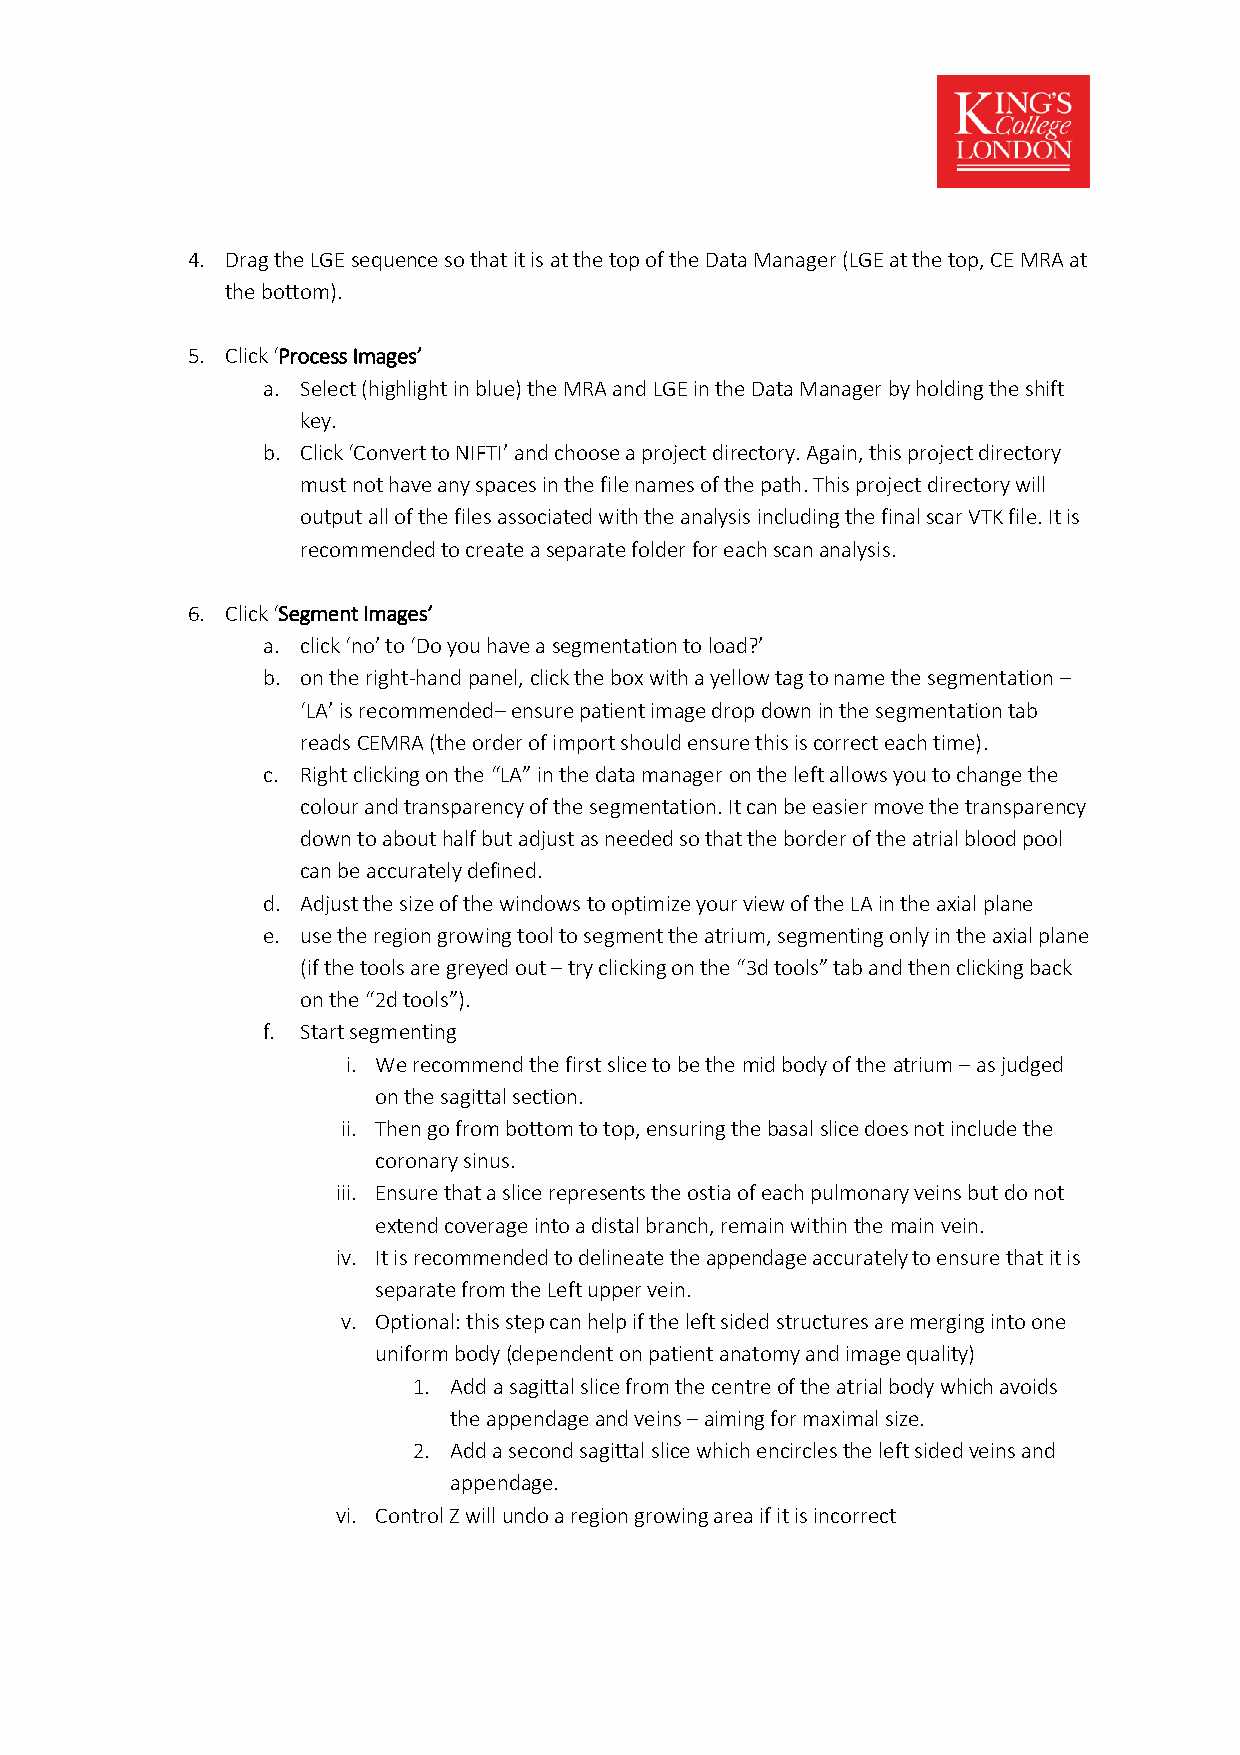
4. Drag the LGE sequence so that it is at the top of the Data Manager (LGE at the top, CE MRA at
 the bottom).
 5. Click ‘Process Images’
 a. Select (highlight in blue) the MRA and LGE in the Data Manager by holding the shift
 key.
 b. Click ‘Convert to NIFTI’ and choose a project directory. Again, this project directory
 must not have any spaces in the file names of the path. This project directory will
 output all of the files associated with the analysis including the final scar VTK file. It is
 recommended to create a separate folder for each scan analysis.
 6. Click ‘Segment Images’
 a. click ‘no’ to ‘Do you have a segmentation to load?’
 b. on the right-hand panel, click the box with a yellow tag to name the segmentation –
 ‘LA’ is recommended– ensure patient image drop down in the segmentation tab
 reads CEMRA (the order of import should ensure this is correct each time).
 c. Right clicking on the “LA” in the data manager on the left allows you to change the
 colour and transparency of the segmentation. It can be easier move the transparency
 down to about half but adjust as needed so that the border of the atrial blood pool
 can be accurately defined.
 d. Adjust the size of the windows to optimize your view of the LA in the axial plane
 e. use the region growing tool to segment the atrium, segmenting only in the axial plane
 (if the tools are greyed out – try clicking on the “3d tools” tab and then clicking back
 on the “2d tools”).
 f. Start segmenting
 i. We recommend the first slice to be the mid body of the atrium – as judged
 on the sagittal section.
 ii. Then go from bottom to top, ensuring the basal slice does not include the
 coronary sinus.
 iii. Ensure that a slice represents the ostia of each pulmonary veins but do not
 extend coverage into a distal branch, remain within the main vein.
 iv. It is recommended to delineate the appendage accurately to ensure that it is
 separate from the Left upper vein.
 v. Optional: this step can help if the left sided structures are merging into one
 uniform body (dependent on patient anatomy and image quality)
 1. Add a sagittal slice from the centre of the atrial body which avoids
 the appendage and veins – aiming for maximal size.
 2. Add a second sagittal slice which encircles the left sided veins and
 appendage.
 vi. Control Z will undo a region growing area if it is incorrect